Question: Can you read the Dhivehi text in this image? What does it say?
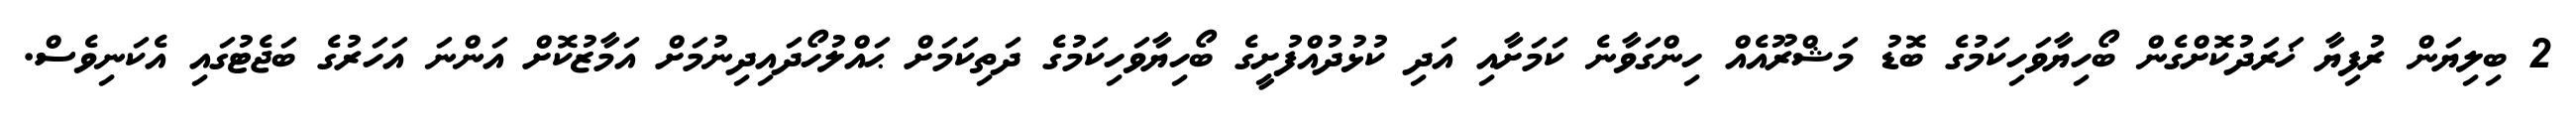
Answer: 2 ބިލިޔަން ރުފިޔާ ޚަރަދުކޮށްގެން ބޯހިޔާވަހިކަމުގެ ބޮޑު މަޝްރޫއެއް ހިންގަވާނެ ކަމަށާއި އަދި ކުޅުދުއްފުށީގެ ބޯހިޔާވަހިކަމުގެ ދަތިކަމަށް ޙައްލުހޯދައިދިނުމަށް އަމާޒުކޮށް އަންނަ އަހަރުގެ ބަޖެޓުގައި އެކަނިވެސް.